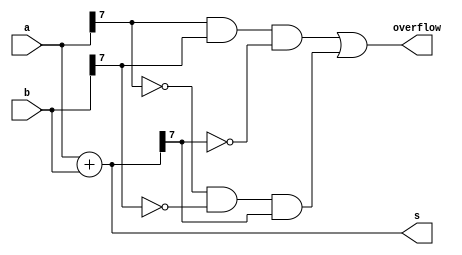
module top_module (
    input [7:0] a,
    input [7:0] b,
    output [7:0] s,
    output overflow
); 
 
    assign s = a + b ;
    assign overflow = (a[7] & b[7] & ~s[7]) | (~a[7] & ~b[7] & s[7]);

endmodule